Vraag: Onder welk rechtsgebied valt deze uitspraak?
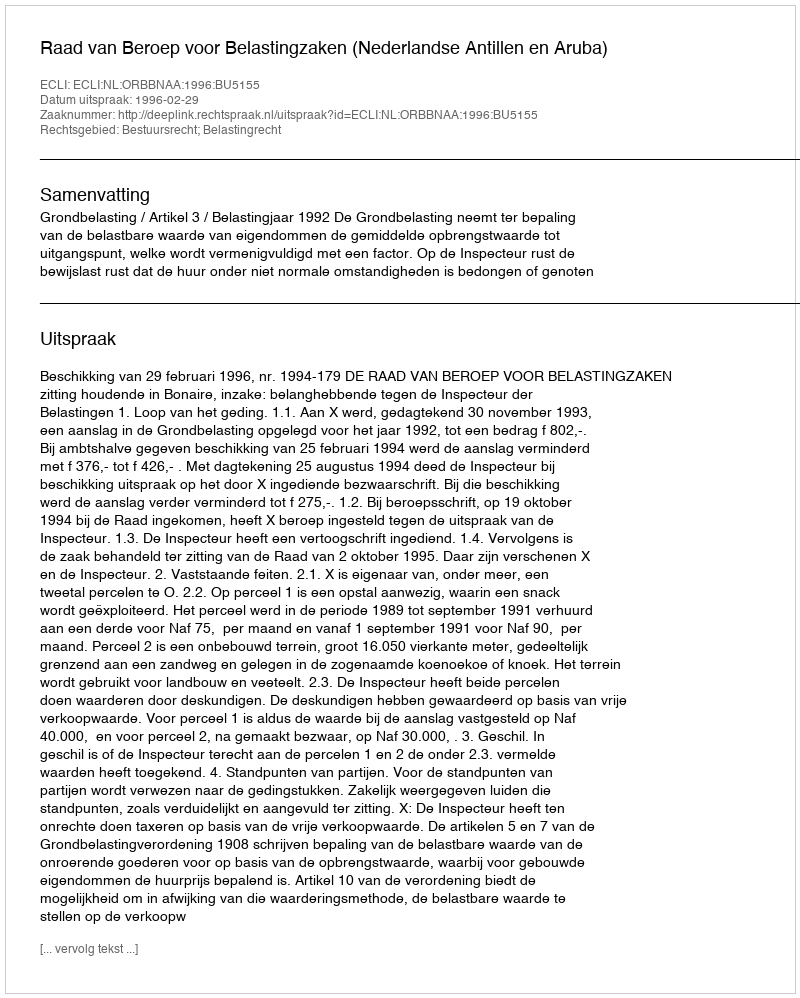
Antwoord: Bestuursrecht; Belastingrecht